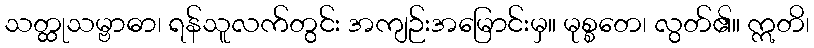
သတ္ထုသမ္ဗာဓာ၊ ရန်သူလက်တွင်း အကျဉ်းအမြောင်းမှ။ မုစ္စတေ၊ လွတ်၏။ ဣတိ၊